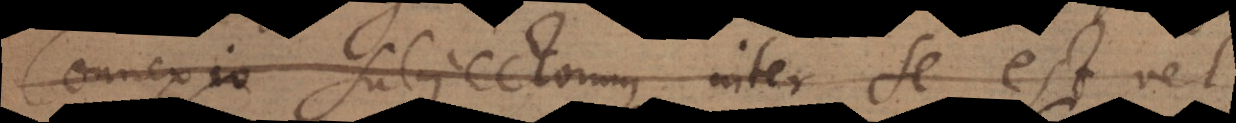
Connexio subjectorum inter se, est vel